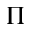
\Pi